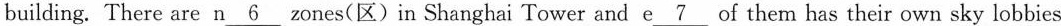
building. There are n\underline{6} zones(区)in Shanghai Tower and e\underline{7} of them has their own sky lobbies